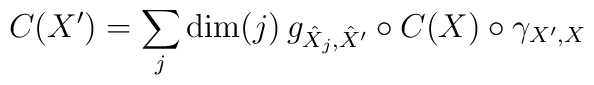
C(X')=\sum_j\mathrm{dim}(j)\,g_{\hat X_j,\hat X'}\circ C(X)\circ \gamma_{X',X}